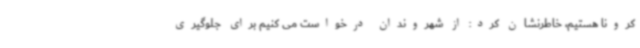
کرونا هستیم، خاطرنشان کرد: از شهروندان درخواست می‌ کنیم برای جلوگیری